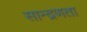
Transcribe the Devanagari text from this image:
सान्द्रणता